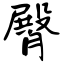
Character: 臀